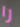
را